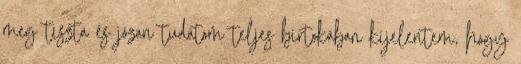
meg tiszta és józan tudatom teljes birtokában kijelentem, hogy